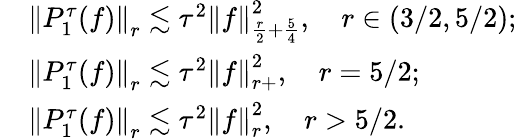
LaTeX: \begin{array}{rl}&{\left\| P_{1}^{\tau}(f)\right\| _{r}\lesssim\tau^{2}\left\| f\right\| _{\frac{r}{2}+\frac{5}{4}}^{2},\quad r\in(3/2,5/2);}\\ &{\left\| P_{1}^{\tau}(f)\right\| _{r}\lesssim\tau^{2}\left\| f\right\| _{r+}^{2},\quad r=5/2;}\\ &{\left\| P_{1}^{\tau}(f)\right\| _{r}\lesssim\tau^{2}\left\| f\right\| _{r}^{2},\quad r>5/2.}\end{array}